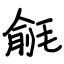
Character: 毹